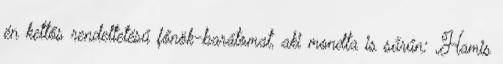
én kettős rendelte­té­sű főnök-barátomat, aki mondta is sűrűn: „Hamis